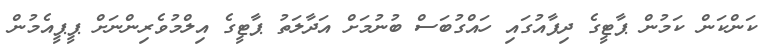
ކަންކަން ކަމުން ޕާޓީގެ ދިފާއުގައި ހައްގުބަސް ބުނުމަށް އަދާލަތު ޕާޓީގެ އިލްމުވެރިންނަށް ޕީޕީއެމުން